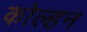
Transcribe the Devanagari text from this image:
कोल्हन